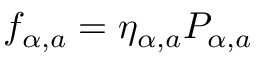
f _ { \alpha , a } = \eta _ { \alpha , a } P _ { \alpha , a }